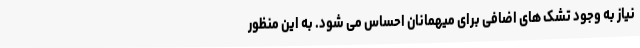
نیاز به وجود تشک های اضافی برای میهمانان احساس می شود. به این منظور